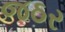
જઠર